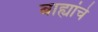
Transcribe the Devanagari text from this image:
बाह्यांचे